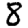
Digit: 8